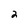
Character: 2